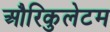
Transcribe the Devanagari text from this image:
औरिकुलेटम